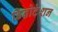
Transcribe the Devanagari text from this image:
डिनोटेशन